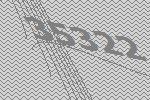
35322